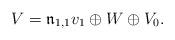
LaTeX: \begin{align*}V=\mathfrak{n}_{1,1}{v_1}\oplus W\oplus V_0.\end{align*}